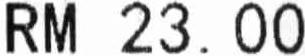
RM 23.00